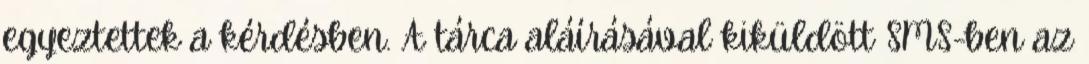
egyeztettek a kérdésben. A tárca aláírásával kiküldött SMS-ben az